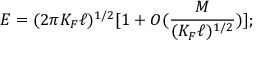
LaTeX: E = ( 2 \pi K _ { F } \ell ) ^ { 1 / 2 } [ 1 + O ( \frac { M } { ( K _ { F } \ell ) ^ { 1 / 2 } } ) ] ;